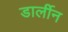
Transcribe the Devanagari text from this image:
डार्लीन